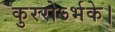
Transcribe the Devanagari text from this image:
कुररोऽर्भके।